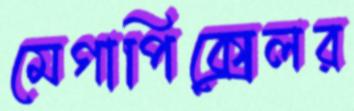
মেগাপিক্সেলর